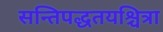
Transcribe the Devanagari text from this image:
सन्तिपद्धतयश्चित्रा